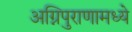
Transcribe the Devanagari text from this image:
अग्निपुराणामध्ये